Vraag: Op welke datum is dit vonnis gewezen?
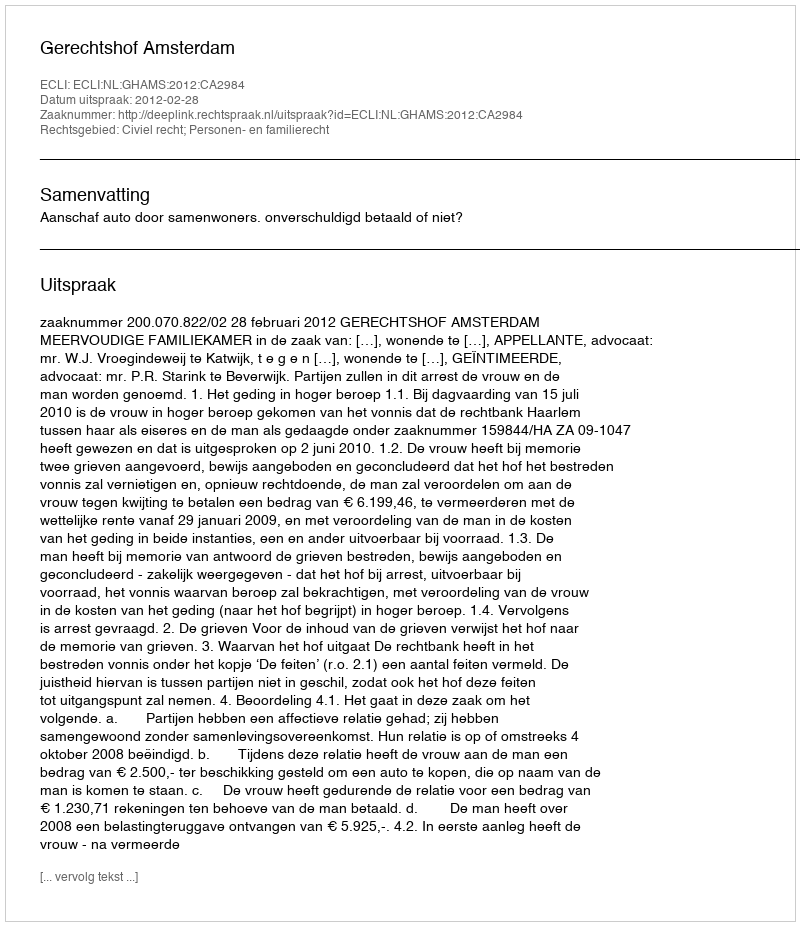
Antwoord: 2012-02-28